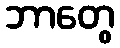
ဘာတွေ